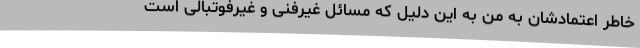
خاطر اعتمادشان به من به این دلیل که مسائل غیرفنی و غیرفوتبالی است